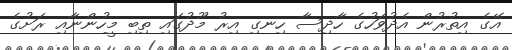
އޭގެ އިތުރުން އެދުވަހުގެ ހާދިސާ ހިނގި އިރު މޫދުގައި ތިބި މީހުންނާއި ރަށުގެ